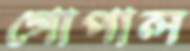
গোপাল